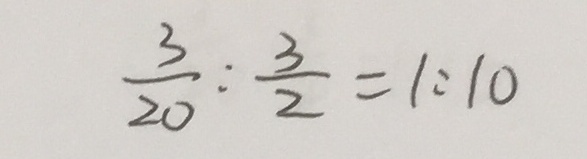
\frac { 3 } { 2 0 } : \frac { 3 } { 2 } = 1 : 1 0